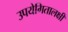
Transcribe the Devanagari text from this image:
उपयेगितालक्षी